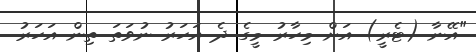
"އޭނާ (ޓެރީ) އަށް މިހާރު މީގެ ދެ އަހަރު ނުވަތަ ތިން އަހަރު